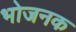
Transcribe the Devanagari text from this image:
भोजनक